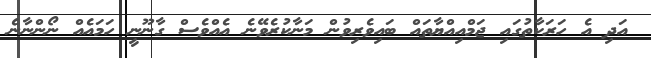
އަދި އެ ހަރަކާތުގައި ޖަމްއިއްޔާތައް ބައިވެރިވުން މަނާކުރެވޭނެ އެއްވެސް ގާނޫނީ ހަމައެއް ނޯންނާނެ